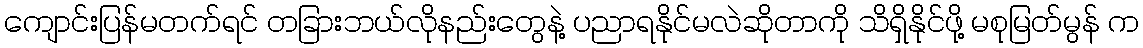
ကျောင်းပြန်မတက်ရင် တခြားဘယ်လိုနည်းတွေနဲ့ ပညာရနိုင်မလဲဆိုတာကို သိရှိနိုင်ဖို့ မစုမြတ်မွန် က